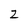
Character: Z